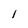
Character: 1